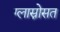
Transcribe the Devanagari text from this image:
ग्लास्नोसत